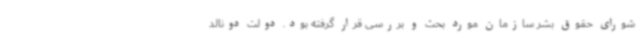
شورای حقوق بشر سازمان مورد بحث و بررسی قرار گرفته بود. دولت دونالد